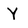
Character: Y